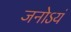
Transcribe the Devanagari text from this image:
जनोऽयं